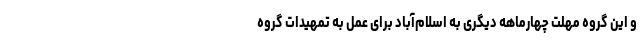
و این گروه مهلت چهارماهه دیگری به اسلام‌آباد برای عمل به تمهیدات گروه